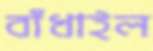
বাঁধাইল